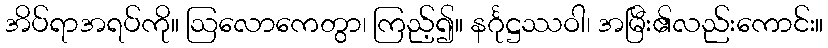
အိပ်ရာအရပ်ကို။ ဩလောကေတွာ၊ ကြည့်၍။ နင်္ဂုဋ္ဌဿဝါ၊ အမြီး၏လည်းကောင်း။